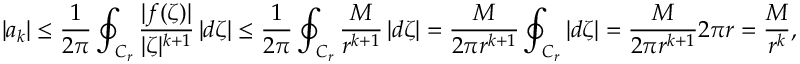
| a _ { k } | \leq { \frac { 1 } { 2 \pi } } \oint _ { C _ { r } } { \frac { | f ( \zeta ) | } { | \zeta | ^ { k + 1 } } } \, | d \zeta | \leq { \frac { 1 } { 2 \pi } } \oint _ { C _ { r } } { \frac { M } { r ^ { k + 1 } } } \, | d \zeta | = { \frac { M } { 2 \pi r ^ { k + 1 } } } \oint _ { C _ { r } } | d \zeta | = { \frac { M } { 2 \pi r ^ { k + 1 } } } 2 \pi r = { \frac { M } { r ^ { k } } } ,